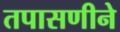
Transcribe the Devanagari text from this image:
तपासणीने